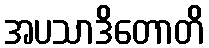
အပသာဒိတောတိ